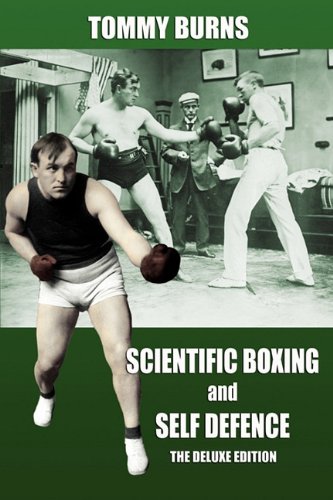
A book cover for Scientific Boxing and Self Defence: The Deluxe Edition; Tommy Burns; Crafts, Hobbies & Home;